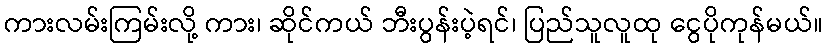
ကားလမ်းကြမ်းလို့ ကား၊ ဆိုင်ကယ် ဘီးပွန်းပဲ့ရင်၊ ပြည်သူလူထု ငွေပိုကုန်မယ်။